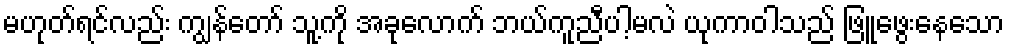
မဟုတ်ရင်လည်း ကျွန်တော် သူ့ကို အခုလောက် ဘယ်ကူညီပါ့မလဲ ယုကာဝါသည် ဖြူဖွေးနေသော